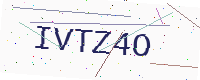
Text: IVTZ4O